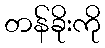
တန်ခိုးကို